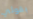
بقولي